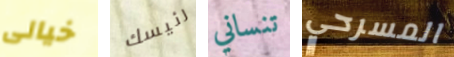
خيالى رئيسك تنساني المسرحي